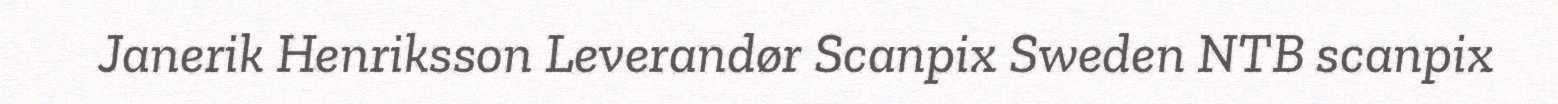
Janerik Henriksson Leverandør Scanpix Sweden NTB scanpix